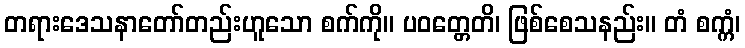
တရားဒေသနာတော်တည်းဟူသော စက်ကို။ ပဝတ္တေတိ၊ ဖြစ်စေသနည်း။ တံ စက္ကံ၊